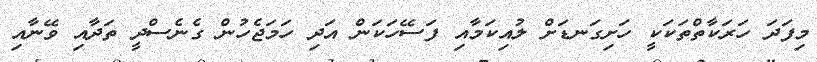
މިފަދަ ހަރަކާތްތަކަކީ ހަށިގަނޑަށް ލުއިކަމާއި ފަސޭހަކަން އަދި ހަމަޖެހުން ގެނެސްދީ ތަދާއި ވޭނާއި